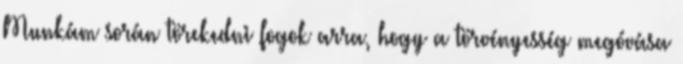
Munkám során törekedni fogok arra, hogy a törvényesség megóvása